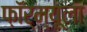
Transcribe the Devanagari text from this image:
फ़ॉर्म्यूला